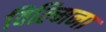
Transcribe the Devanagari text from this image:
विल्‍मिना